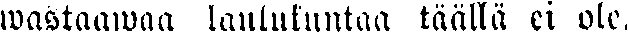
wastaawaa laulukuntaa täällä ei ole.